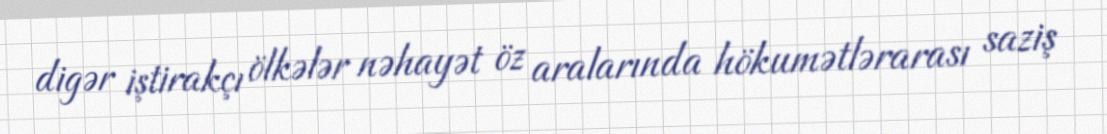
digər iştirakçı ölkələr nəhayət öz aralarında hökumətlərarası saziş